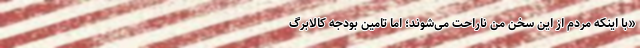
«با اینکه مردم از این سخن من ناراحت می‌شوند؛ اما تامین بودجه کالابرگ